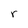
Character: r